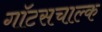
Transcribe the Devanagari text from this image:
गॉटसचाल्क